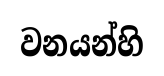
වනයන්හි